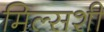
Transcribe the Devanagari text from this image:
मिल्सशी